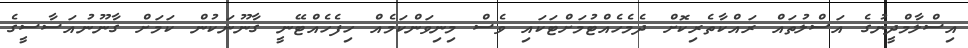
އިސްލާމްދީނުގެ އަސްލުތައް ރައްކާތެރިކޮށް ދެމެހެއްޓުމަށްޓަކައި ވެސް މިނިވަންކަމެއް ހިފެހެއްޓޭނީ ގާނޫނަކުން ކަމަށް ގާނޫނުއަސާސީގެ